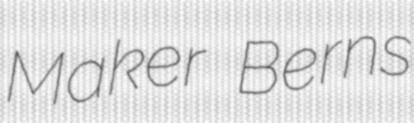
Maker Berns